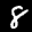
Label: 8